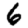
Digit: 6